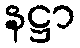
နဋ္ဌာ